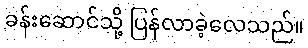
ခန်းဆောင်သို့ ပြန်လာခဲ့လေသည်။